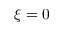
\xi = 0